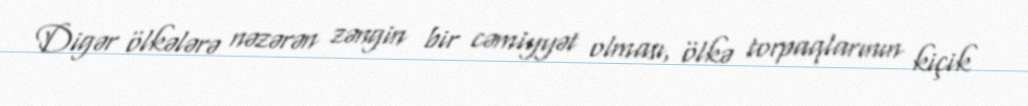
Digər ölkələrə nəzərən zəngin bir cəmiyyət olması, ölkə torpaqlarının kiçik